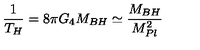
\frac { 1 } { T _ { H } } = 8 \pi G _ { 4 } M _ { B H } \simeq \frac { M _ { B H } } { M _ { P l } ^ { 2 } }